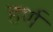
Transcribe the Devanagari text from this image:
हर्ण